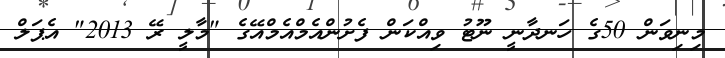
މިނިވަން 50ގެ ހަނދާނީ ނޫޓު ވިއްކަން ފެށުންއެމްއެމްއޭގެ "މާލީ ރޭ 2013" އެޕަލް